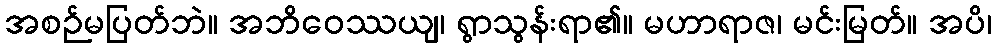
အစဉ်မပြတ်ဘဲ။ အဘိဝေဿယျ၊ ရွာသွန်းရာ၏။ မဟာရာဇ၊ မင်းမြတ်။ အပိ၊